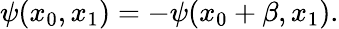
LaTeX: \psi(x_{0},x_{1})=-\psi(x_{0}+\beta,x_{1}).